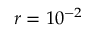
r = 1 0 ^ { - 2 }